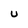
Character: u